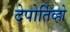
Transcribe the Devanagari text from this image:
देपोर्तिव्हो